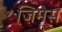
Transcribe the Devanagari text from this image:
जिमेस